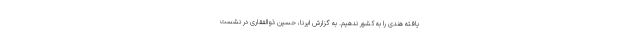
یافته هندی را به کشور ندهیم. به گزارش ایرنا، حسین ذوالفقاری در نشست